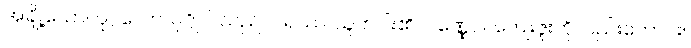
အချို့သော။ ပုဂ္ဂလော၊ ပုဂ္ဂိုလ်သည်။ ပရဿ၊ သူတပါး၏။ ဝဏ္ဏေဝါ၊ ကျေးဇူးကိုလည်းကောင်း။